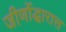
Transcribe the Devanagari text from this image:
जीर्णोद्धारास